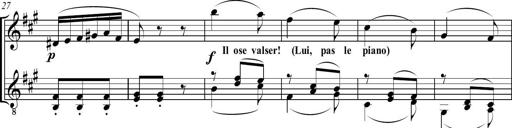
Title: Sonatine bureaucratique
Composer: Erik Satie